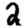
Digit: 2